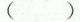
( )